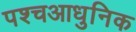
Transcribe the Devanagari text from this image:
पश्चआधुनिक